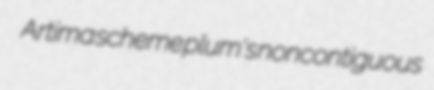
Artima scheme plum's noncontiguous